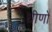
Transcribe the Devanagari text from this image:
धीणो